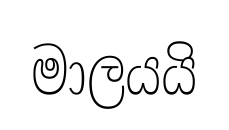
මාලයයි